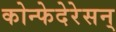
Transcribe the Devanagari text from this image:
कोन्फेदेरेसन्